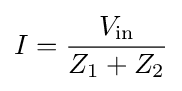
I={\frac {V_{\mathrm {in} }}{Z_{1}+Z_{2}}}